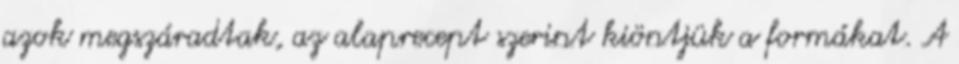
azok megszáradtak, az alaprecept szerint kiöntjük a formákat. A